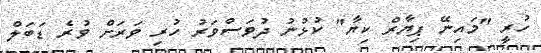
ހުރީ "މައިނޭ ޕިޔާރް ކިޔާ" ކުޅުނު ދުވަސްވަރު ހުރި ވަރަށް ވުރެ ޑަބަލް